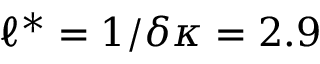
\ell ^ { * } = 1 / \delta \kappa = 2 . 9